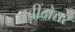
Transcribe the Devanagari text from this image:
रवींद्रोत्तर